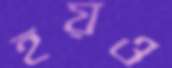
হয়ও